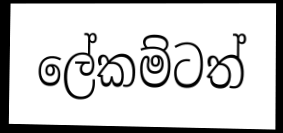
ලේකම්ටත්